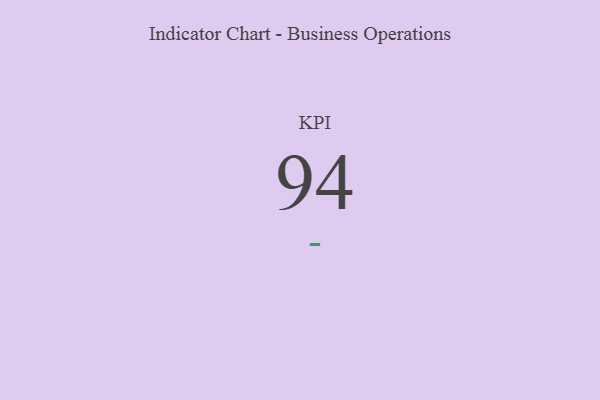
{"axis": {"x": "KPI", "y": "Value"}, "legend": [""], "data": [{"x": "KPI", "y": 94, "type": ""}]}